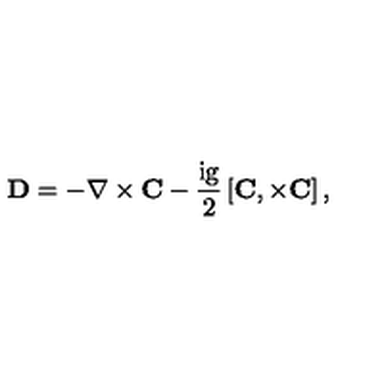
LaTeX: \bf D = - \nabla \times C - \mathrm { \frac { i g } { 2 } } \left[ C , \times C \right] ,